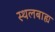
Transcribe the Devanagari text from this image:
स्थलबाह्य